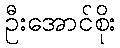
ဦးအောင်စိုး